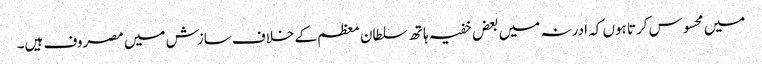
میں محسوس کرتا ہوں کہ ادرنہ میں بعض خفیہ ہاتھ سلطان معظم کے خلاف سازش میں مصروف ہیں۔